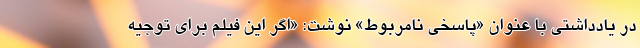
در یادداشتی با عنوان «پاسخی نامربوط» نوشت: «اگر این فیلم برای توجیه